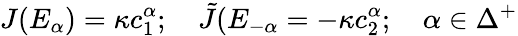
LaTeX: J(E_{\alpha})=\kappa c_{1}^{\alpha};\quad{\tilde{J}}(E_{-\alpha}=-\kappa c_{2}^{\alpha};\quad\alpha\in\Delta^{+}